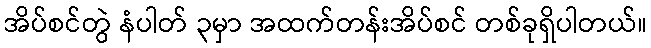
အိပ်စင်တွဲ နံပါတ် ၃မှာ အထက်တန်းအိပ်စင် တစ်ခုရှိပါတယ်။